Civil Veterinary Dept. North-West Frontier Province 1923-32 - 1923-1932
Year: 1923
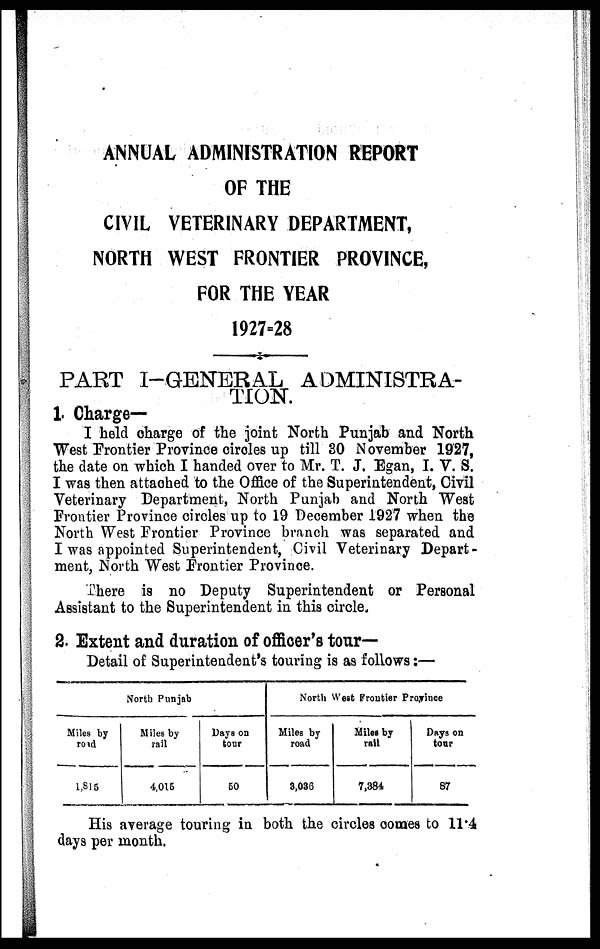
ANNUAL ADMINISTRATION REPORT
OF THE
CIVIL VETERINARY DEPARTMENT,
NORTH WEST FRONTIER PROVINCE,
FOR THE YEAR
1927=28
PART I-GENERAL ADMINISTRA-
TION.
1. Charge—
I held charge of the joint North Punjab and North
West Frontier Province circles up till 30 November 1927,
the date on which I handed over to Mr. T. J. Egan, I. V. S.
I was then attached to the Office of the Superintendent, Civil
Veterinary Department, North Punjab and North West
Frontier Province circles up to 19 December 1927 when the
North West Frontier Province branch was separated and
I was appointed Superintendent, Civil Veterinary Depart-
ment, North West Frontier Province.
There is no Deputy Superintendent or Personal
Assistant to the Superintendent in this circle.
2. Extent and duration of officer's tour-
Detail of Superintendent's touring is as follows :—
North Punjab
Miles by
road
1,815
Miles by
rail
4,015
Days on
tour
60
North West Frontier Province
Miles by
road
3,036
Miles by
rail
7,384
Days on
tour
87
His average touring in both the circles comes to 11.4
days per month.